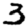
Digit: 3